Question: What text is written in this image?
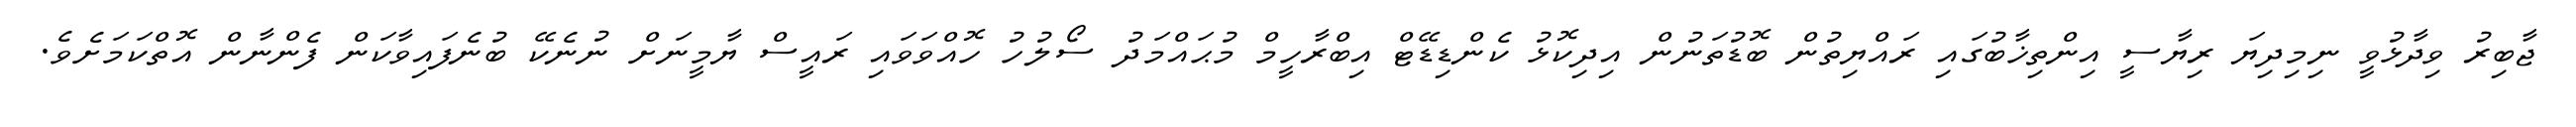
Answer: ޖާބިރު ވިދާޅުވީ ނިމިދިޔަ ރިޔާސީ އިންތިޚާބުގައި ރައްޔިތުން ބޮޑުތަނުން އިދިކޮޅު ކެންޑިޑޭޓް އިބްރާހީމް މުޙައްމަދު ސޯލުހު ހޮއްވަވައި ރައީސް ޔާމީނަށް ނުނެކޭ ބުނެފައިވާކަން ފެންނާން އޮތްކަމަށެވެ.